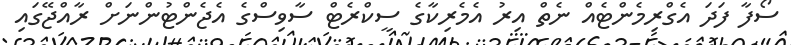
ސޯފާ ފަދަ އެގްރިމެންޓެއް ނެތް އިރު އެމެރިކާގެ ސީކްރެޓް ސާވިސްގެ އެޖެންޓުންނަށް ރާއްޖޭގައި